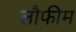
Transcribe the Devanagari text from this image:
लौफीम